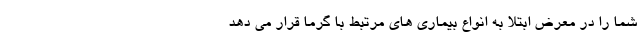
شما را در معرض ابتلا به انواع بیماری های مرتبط با گرما قرار می دهد